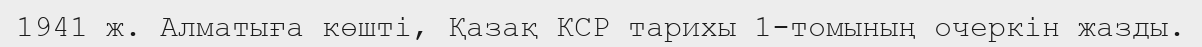
1941 ж. Алматыға көшті, Қазақ КСР тарихы 1-томының очеркін жазды.